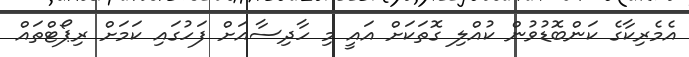
އެމެރިކާގެ ކަންބޮޑުވުން ކުއްލި ގޮތަކަށް އައީ މި ހާދިސާއަށް ފަހުގައި ކަމަށް ރިޕޯޓްތައް